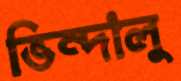
ভিন্দালু